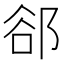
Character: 郤